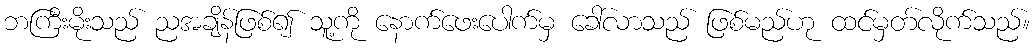
ဘကြီးမိုးသည် ညအချိန်ဖြစ်၍ သူ့ကို နောက်ဖေးပေါက်မှ ခေါ်လာသည် ဖြစ်မည်ဟု ထင်မှတ်လိုက်သည်။